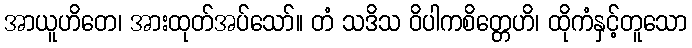
အာယူဟိတေ၊ အားထုတ်အပ်သော်။ တံ သဒိသ ဝိပါကစိတ္တေဟိ၊ ထိုကံနှင့်တူသော